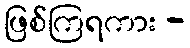
ဖြစ်ကြရကား -